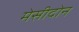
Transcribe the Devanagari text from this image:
मेसीदोन